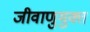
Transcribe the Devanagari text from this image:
जीवाणुमुक्त